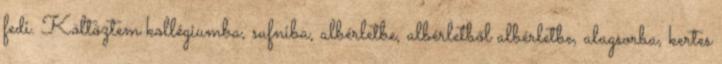
fedi. Költöztem kollégiumba, sufniba, albérletbe, albérletből albérletbe, alagsorba, kertes